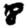
Digit: 8